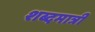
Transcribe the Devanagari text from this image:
शब्दमात्री